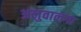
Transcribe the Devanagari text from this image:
अलुवालगा